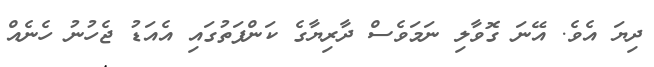
ދިޔަ އެވެ. އޭނަ ގޮވާލި ނަމަވެސް ދާރިޔާގެ ކަންފަތުގައި އެއަޑު ޖެހުނު ހެނެއް